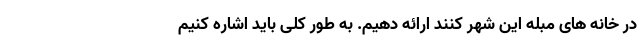
در خانه های مبله این شهر کنند ارائه دهیم. به طور کلی باید اشاره کنیم